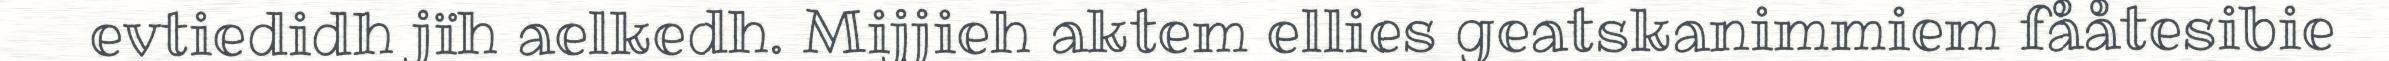
evtiedidh jïh aelkedh. Mijjieh aktem ellies geatskanimmiem fååtesibie